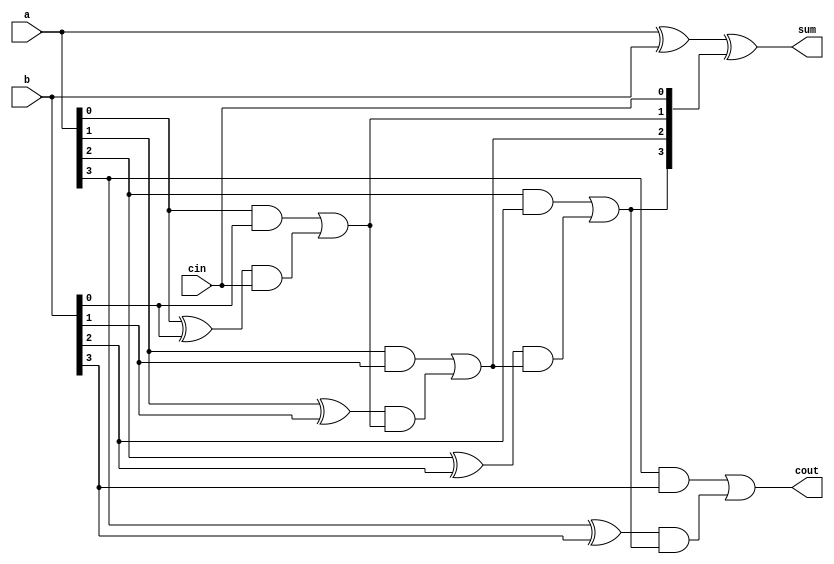

module cla_adder(
input [3:0]a,b,
input cin,
output [3:0]sum,
output cout   );

wire [3:0] ci; // Carry intermediate for intermediate computation
  
  assign ci[0] = cin;
  assign ci[1] = (a[0] & b[0]) | ((a[0]^b[0]) & ci[0]);
  assign ci[2] = (a[1] & b[1]) | ((a[1]^b[1]) & ((a[0] & b[0]) | ((a[0]^b[0]) & ci[0])));
  assign ci[3] = (a[2] & b[2]) | ((a[2]^b[2]) & ((a[1] & b[1]) | ((a[1]^b[1]) & ((a[0] & b[0]) | ((a[0]^b[0]) & ci[0])))));
  assign cout  = (a[3] & b[3]) | ((a[3]^b[3]) & ((a[2] & b[2]) | ((a[2]^b[2]) & ((a[1] & b[1]) | ((a[1]^b[1]) & ((a[0] & b[0]) | ((a[0]^b[0]) & ci[0])))))));
  assign sum = a^b^ci;
endmodule